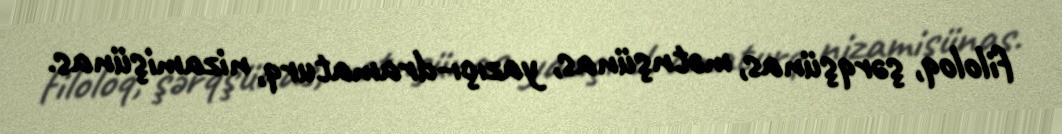
filoloq, şərqşünas, mətnşünas, yazıçı-dramaturq, nizamişünas.